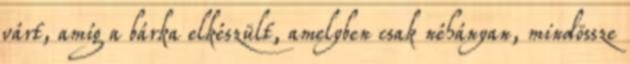
várt, amíg a bárka elkészült, amelyben csak néhányan, mindössze